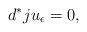
LaTeX: \begin{align*}d^*ju_{\epsilon}=0,\end{align*}